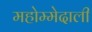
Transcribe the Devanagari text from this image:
महोम्मेदाली